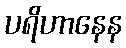
ပရိဟာနေန